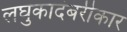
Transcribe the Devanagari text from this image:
लघुकादंबरीकार